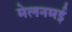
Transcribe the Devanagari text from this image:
मेलनमई